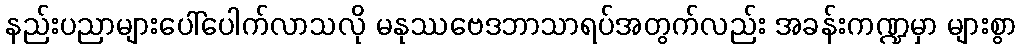
နည်းပညာများပေါ်ပေါက်လာသလို မနုဿဗေဒဘာသာရပ်အတွက်လည်း အခန်းကဏ္ဍမှာ များစွာ